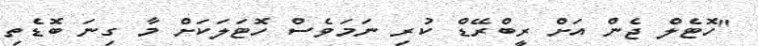
"ހޮޓެލް ޖެން އަށް ރީބްރޭޑް ކުރި ނަމަވެސް ހޮޓަލަކަށް މާ ގިނަ ބޮޑެތި